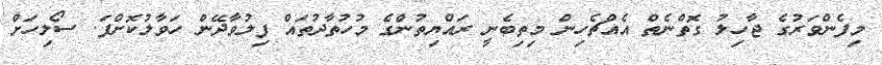
މިފެންވަރުގެ ޖާހިލު ގޮތްނެތް އެއްޗެހިން މިތިބެނީ ރައްޔިތުންގެ މުހުތާދުތައް ފިލުވާދޭން ހަވާލުކޮށްފަ. ސޯލިހަށް